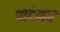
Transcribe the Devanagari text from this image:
वाटेमधे